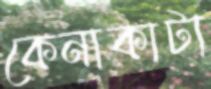
কেনাকাটা